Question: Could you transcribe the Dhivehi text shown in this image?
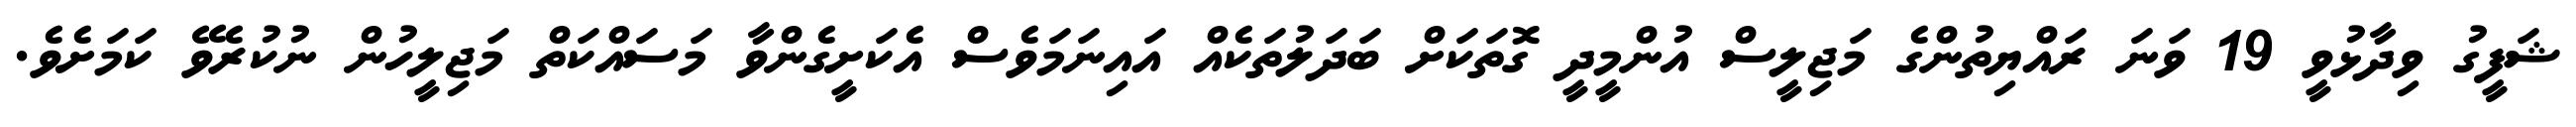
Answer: ޝަފީގު ވިދާޅުވީ 19 ވަނަ ރައްޔިތުންގެ މަޖިލީސް އުންމީދީ ގޮތަކަށް ބަދަލުތަކެއް އައިނަމަވެސް އެކަށީގެންވާ މަސައްކަތް މަޖިލީހުން ނުކުރެވޭ ކަމަށެވެ.